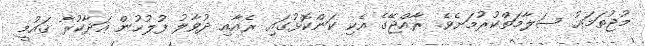
މުޖުތަމަޢު ސަލާމަތްކުރުމަށެވެ. ރާއްޖޭގެ އެކި ކަންކޮޅުގައި ރެއާއި ދުވާލު ފުލުހުން އަދާކުރާ ޤައުމީ